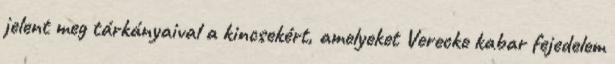
jelent meg tárkányaival a kincsekért, amelyeket Verecke kabar fejedelem